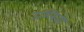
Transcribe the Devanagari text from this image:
उग्लियो